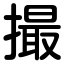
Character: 撮